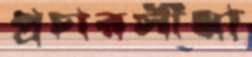
প্রচারসীমা